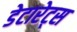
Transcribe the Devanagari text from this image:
डेटारेट्स